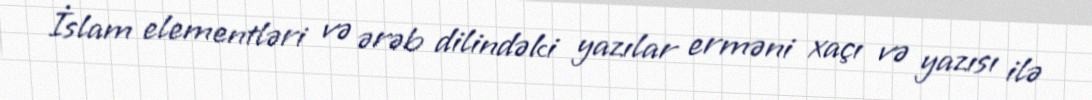
İslam elementləri və ərəb dilindəki yazılar erməni xaçı və yazısı ilə